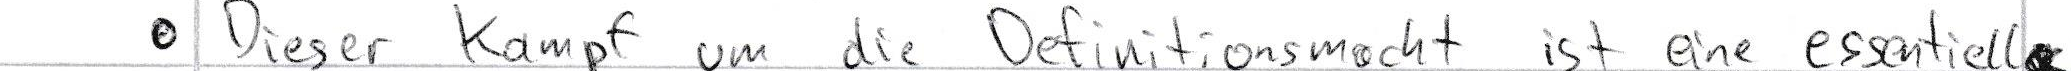
Dieser Kampf um die Definitionsmacht ist eine essentiell